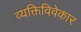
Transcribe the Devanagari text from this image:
व्यक्तिविवेकार